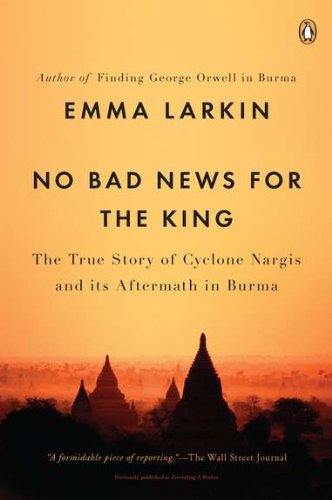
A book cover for No Bad News for the King: The True Story of Cyclone Nargis and Its Aftermath in Burma; Emma Larkin; Travel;